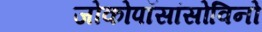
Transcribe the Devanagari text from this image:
जोकोपॉसांसोविनो